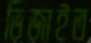
ভিজাইত